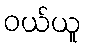
ဝယ်ယူ